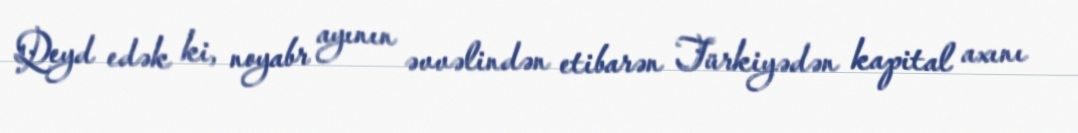
Qeyd edək ki, noyabr ayının əvvəlindən etibarən Türkiyədən kapital axını